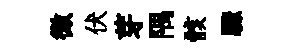
微伏芽隅骸驟